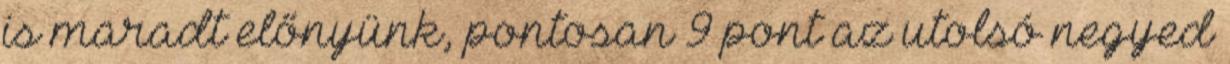
is maradt előnyünk, pontosan 9 pont az utolsó negyed